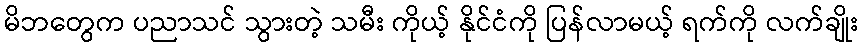
မိဘတွေက ပညာသင် သွားတဲ့ သမီး ကိုယ့် နိုင်ငံကို ပြန်လာမယ့် ရက်ကို လက်ချိုး